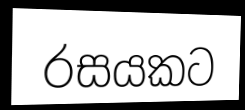
රසයකට